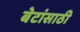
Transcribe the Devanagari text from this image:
बेटांसाठी